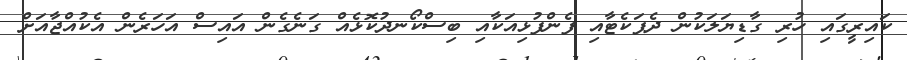
ކައިރީގައި ހުރި ގާޑިޔަލަކުން ދެޕަކެޓާއި ފެންފުޅިއަކާއި ބިސްކޯނދުކޮޅެއް ގަނެގެން އައިސް އަހަރެން އެކުއްޖާއަށް